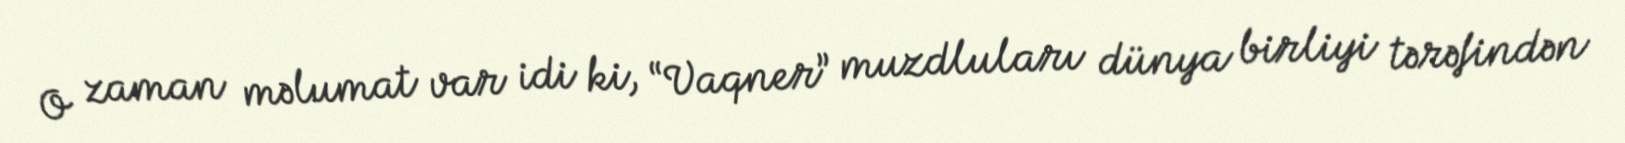
O zaman məlumat var idi ki, “Vaqner” muzdluları dünya birliyi tərəfindən